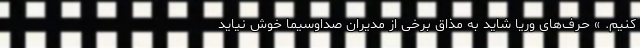
کنیم. » حرف‌های وریا شاید به مذاق برخی از مدیران صداوسیما خوش نیاید